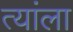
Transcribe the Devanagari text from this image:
त्यांला